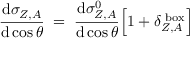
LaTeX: \frac { \mathrm { d } \sigma _ { Z , A } } { \mathrm { d } \cos \theta } \; = \; \frac { \mathrm { d } \sigma _ { Z , A } ^ { 0 } } { \mathrm { d } \cos \theta } \Big [ 1 + \delta _ { Z , A } ^ { \mathrm { \scriptsize ~ b o x } } \Big ]